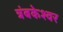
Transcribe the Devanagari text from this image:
त्रंबकेश्वर